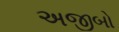
અજીબો